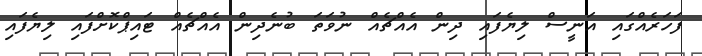
ފަހަރެއްގައި އަނީސް ލިޔެފައި ދިން އެއްޗެއް ނުވަތަ ބުނެދިން އެއްޗެއް ޓައިޕްކޮށްފައި ލިޔެފައި